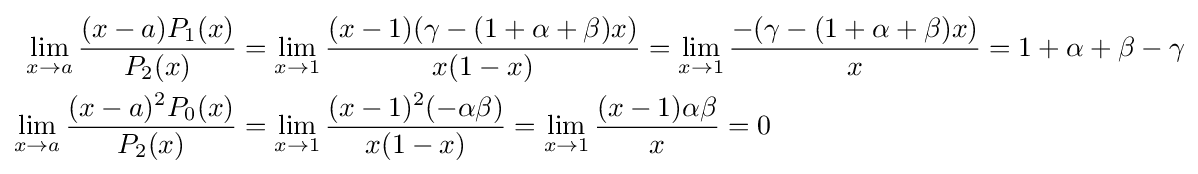
{\begin{aligned}\lim _{x\to a}{\frac {(x-a)P_{1}(x)}{P_{2}(x)}}&=\lim _{x\to 1}{\frac {(x-1)(\gamma -(1+\alpha +\beta )x)}{x(1-x)}}=\lim _{x\to 1}{\frac {-(\gamma -(1+\alpha +\beta )x)}{x}}=1+\alpha +\beta -\gamma \\\lim _{x\to a}{\frac {(x-a)^{2}P_{0}(x)}{P_{2}(x)}}&=\lim _{x\to 1}{\frac {(x-1)^{2}(-\alpha \beta )}{x(1-x)}}=\lim _{x\to 1}{\frac {(x-1)\alpha \beta }{x}}=0\end{aligned}}